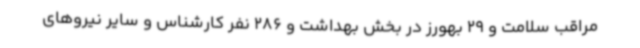
مراقب سلامت و 29 بهورز در بخش بهداشت و 286 نفر کارشناس و سایر نیروهای